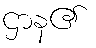
ဌာန၏